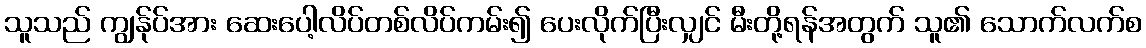
သူသည် ကျွန်ုပ်အား ဆေးပေါ့လိပ်တစ်လိပ်ကမ်း၍ ပေးလိုက်ပြီးလျှင် မီးတို့ရန်အတွက် သူ၏ သောက်လက်စ